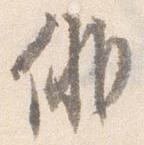
俳